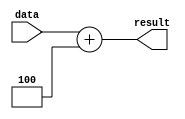
`timescale 1ns / 1ps
//////////////////////////////////////////////////////////////////////////////////
// Company: 
// Engineer: 
// 
// Design Name: 
// Module Name: add4
// Project Name: 
// Target Devices: 
// Tool Versions: 
// Description: 
// 
// Dependencies: 
// 
// Revision:
// Revision 0.01 - File Created
// Additional Comments:
// 
//////////////////////////////////////////////////////////////////////////////////


module add4(
    input [31:0] data,
    output [31:0] result
    );

    assign result = data + 32'h00000004;  

endmodule